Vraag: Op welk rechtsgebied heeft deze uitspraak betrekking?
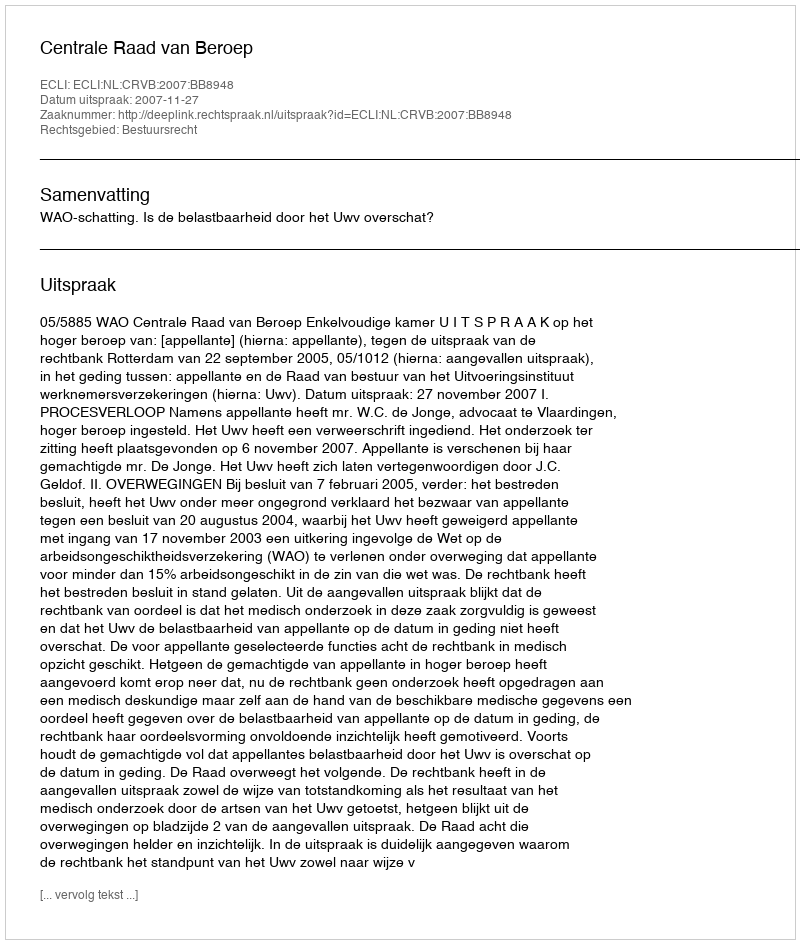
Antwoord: Bestuursrecht